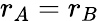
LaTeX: r_{A}=r_{B}